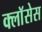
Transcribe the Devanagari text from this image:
क्लाॅसेस